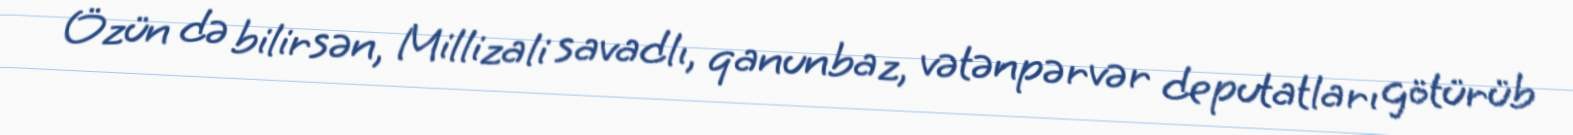
Özün də bilirsən, Millizali savadlı, qanunbaz, vətənpərvər deputatları götürüb